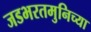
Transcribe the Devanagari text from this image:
जडभरतमुनिच्या